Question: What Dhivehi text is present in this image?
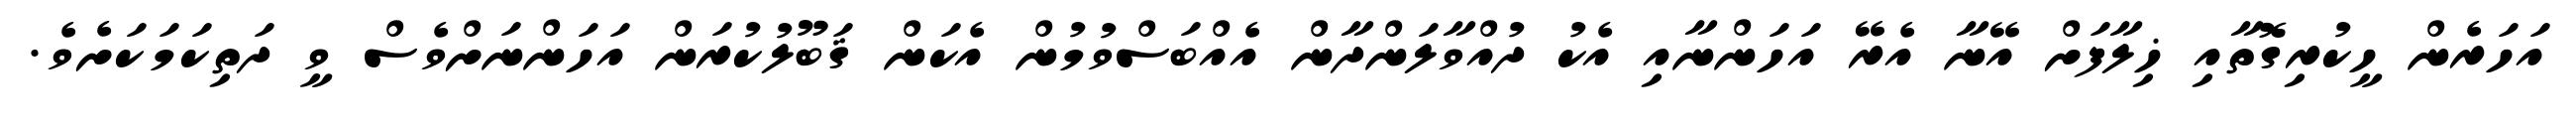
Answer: އަހަރެން ހީކުރިގޮތާއި ޚިލާފަށް އޭނާ އެރޭ އަހަންނާއި އެކު ދުއްވާލަންދާން އެއްބަސްވުމުން އެކަން ޤަބޫލުކުރަން އަހަންނަށްވެސް ވީ ދަތިކަމަކަށެވެ.